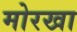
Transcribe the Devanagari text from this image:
मोरखा